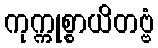
ကုက္ကုစ္စာယိတဗ္ဗံ